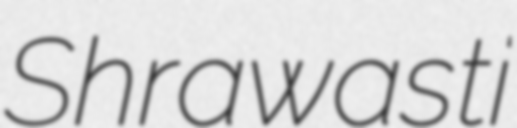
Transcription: Shrawasti